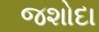
જશોદા